Vaccination in the Punjab 1905-1918 - 1905-1918
Year: 1905
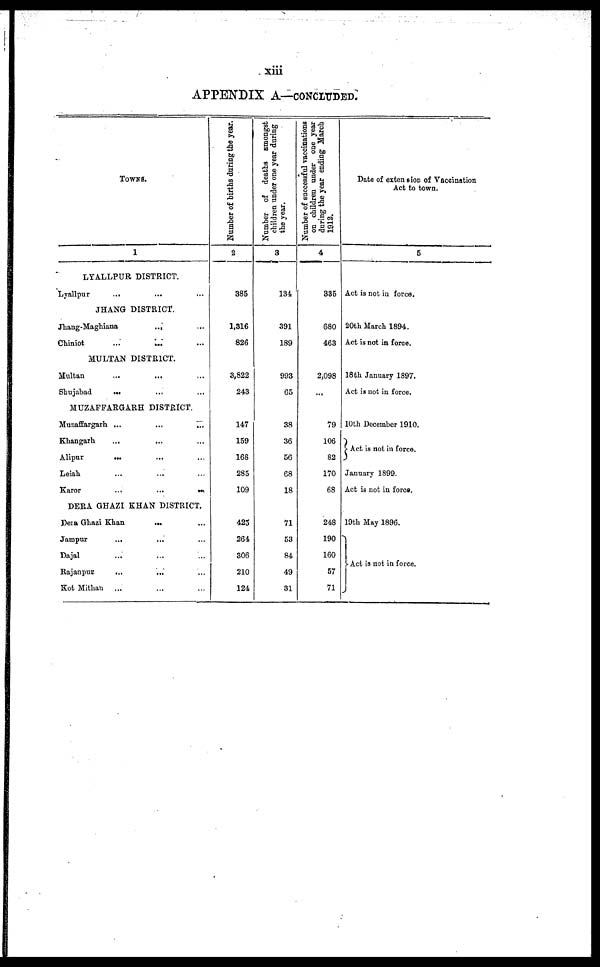
xiii
APPENDIX A—CONCLUDED.
TOWNS.
1
LYALLPUR DISTRICT.
Lyallpur
... ... ...
JHANG DISTRICT.
Jhang-Maghiana
...
...
Chiniot ... ... ...
MULTAN DISTRICT.
Multan
...
...
...
Shujabad
...
...
...
MUZAFFARGARH DISTRICT.
Muzaffargarh
...
...
...
Khangarh ... ... ...
Alipur ... ... ...
Leiah
...
...
...
Karor
...
...
...
DERA GHAZI KHAN DISTRICT.
Dera Ghazi Khan ... ...
Jampur ... ... ...
Dajal ... ... ...
Rajanpur
...
...
...
Kot Mithau ... ... ...
Number of births during the year.
2
385
1,316
826
3,822
243
147
159
168
285
109
425
264
306
210
124
Number of deaths amongst
children under one year during
the year.
3
134
391
189
993
65
38
36
56
68
18
71
53
84
49
31
Number of successful vaccinations
on children under one year
during the year ending March
1912.
4
335
680
463
2,098
...
79
106
82
170
68
248
190
160
57
71
Date of extension of Vaccination
Act to town.
5
Act is not in force.
20th March 1894.
Act is not in force.
18th January 1897.
Act is not in force.
10th December 1910.
Act is not in force.
January 1899.
Act is not in force.
19th May 1896.
Act is not in force.